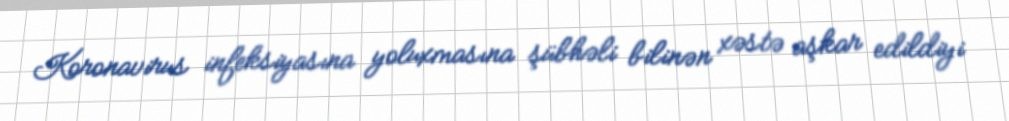
Koronavirus infeksiyasına yoluxmasına şübhəli bilinən xəstə aşkar edildiyi